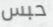
حبس